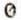
0